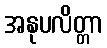
အနုပလိတ္တာ